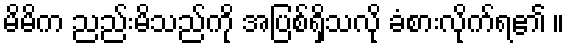
မိမိက ညည်းမိသည်ကို အပြစ်ရှိသလို ခံစားလိုက်ရ၏ ။